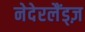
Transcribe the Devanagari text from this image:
नेदेरलैंड्ज़